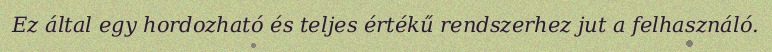
Ez által egy hordozható és teljes értékű rendszerhez jut a felhasználó.